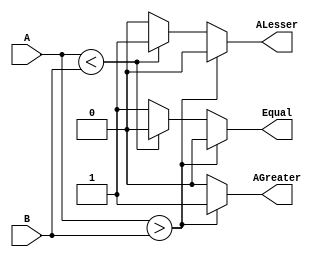
module comp(
  input [2:0] A, B,
  output reg AGreater, ALesser, Equal);
  
  always@(A or B) begin
    AGreater = 0; ALesser = 0; Equal = 0;
    if(A>B) AGreater = 1'b1;
    else if(A<B) ALesser = 1'b1;
    else Equal = 1'b1;
  end
endmodule